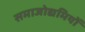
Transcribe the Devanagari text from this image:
समाजोद्यमियों